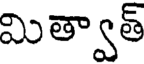
మిత్వాత్